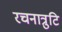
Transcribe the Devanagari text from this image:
रचनात्रुटि